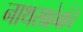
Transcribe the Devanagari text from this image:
नाथसाहेबांचे